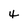
Character: 4